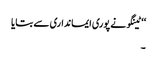
‘‘ ٹینگو نے پوری ایمانداری سے بتایا
۔